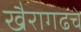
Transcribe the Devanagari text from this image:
खैरागढचे